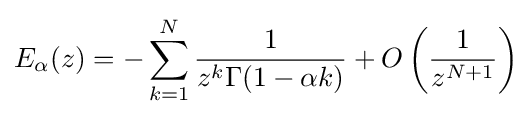
E_{\alpha }(z)=-\sum \limits _{k=1}^{N}{\frac {1}{z^{k}\Gamma (1-\alpha k)}}+O\left({\frac {1}{z^{N+1}}}\right)